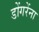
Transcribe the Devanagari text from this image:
डोंगरेंना